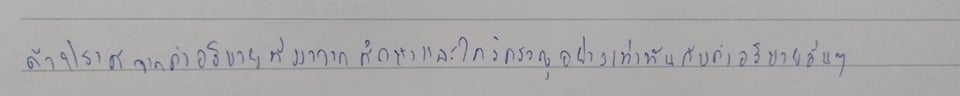
ถ้าปราศจากคำอธิบายที่มาจากการศึกษาและใคร่ครวญอย่างเท่าทันกับคำอธิบายอื่นๆ